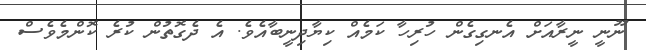
ނޫނީ ނީރާއަށް އެނގިގެން ހުރިހާ ކަމެއް ކިޔާދިނީބާއެވެ. އެ ދެގޮތުން ކުރެ ކޮންމެވެސް